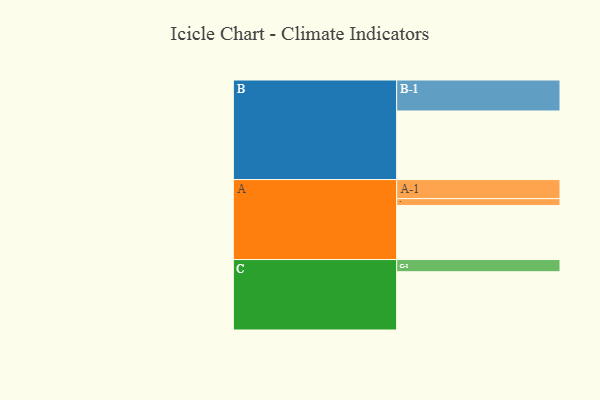
{"axis": {"x": "Segment", "y": "Value"}, "legend": ["", "A", "B", "C"], "data": [{"x": "A", "y": 403, "type": ""}, {"x": "B", "y": 511, "type": ""}, {"x": "C", "y": 434, "type": ""}, {"x": "A-1", "y": 142, "type": "A"}, {"x": "A-2", "y": 51, "type": "A"}, {"x": "B-1", "y": 231, "type": "B"}, {"x": "C-1", "y": 91, "type": "C"}]}